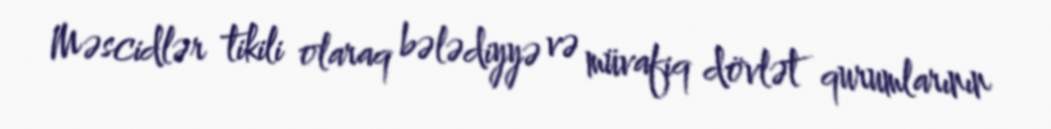
Məscidlər tikili olaraq bələdiyyə və müvafiq dövlət qurumlarının